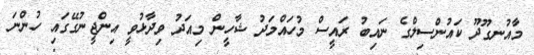
މާއުނގޫދޫ ކައުންސިލްގެ ނައިބު ރައީސް މުހައްމަދު ޝާހީން މިއަދު ވިދާޅުވީ އިންޖީނުގޭގައި ހުންނަ